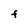
Character: F